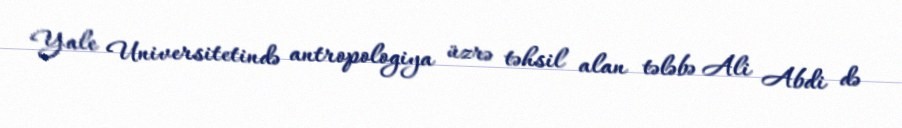
Yale Universitetində antropologiya üzrə təhsil alan tələbə Ali Abdi də